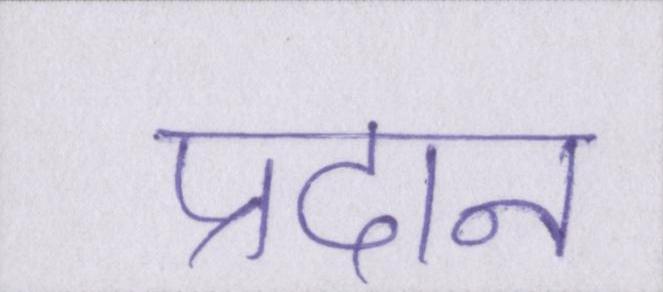
प्रदान